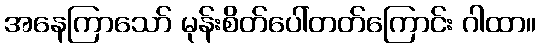
အနေကြာသော် မုန်းစိတ်ပေါ်တတ်ကြောင်း ဂါထာ။